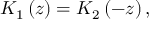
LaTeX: K _ { 1 } \left( z \right) = K _ { 2 } \left( - z \right) ,